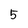
Character: 5